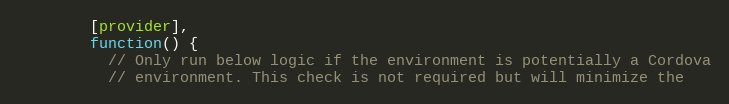
Language: JavaScript
        [provider],
        function() {
          // Only run below logic if the environment is potentially a Cordova
          // environment. This check is not required but will minimize the